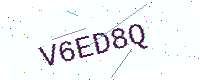
Text: V6ED8Q